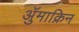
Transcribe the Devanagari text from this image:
ॲुमाक्रिन